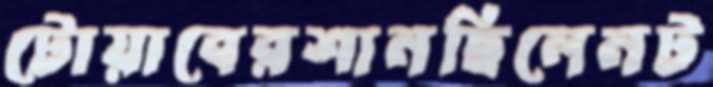
টোয়াবেরশানছিলেনট